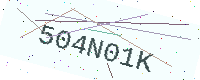
Text: 504N01K